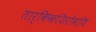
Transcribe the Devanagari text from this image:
तार्किकशिरोमणि